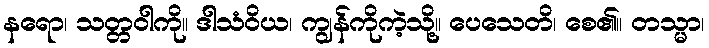
နရော၊ သတ္တဝါကို။ ဒါသံဝိယ၊ ကျွန်ကိုကဲ့သို့။ ပေသေတိ၊ စေ၏။ တသ္မာ၊